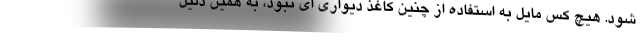
شود. هیچ کس مایل به استفاده از چنین کاغذ دیواری ای نبود، به همین دلیل